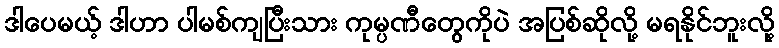
ဒါပေမယ့် ဒါဟာ ပါမစ်ကျပြီးသား ကုမ္ပဏီတွေကိုပဲ အပြစ်ဆိုလို့ မရနိုင်ဘူးလို့